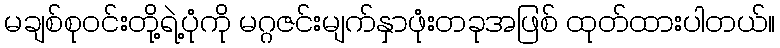
မချစ်စုဝင်းတို့ရဲ့ပုံကို မဂ္ဂဇင်းမျက်နှာဖုံးတခုအဖြစ် ထုတ်ထားပါတယ်။